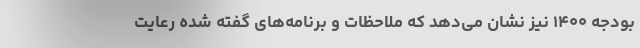
بودجه ۱۴۰۰ نیز نشان می‌دهد که ملاحظات و برنامه‌های گفته شده رعایت